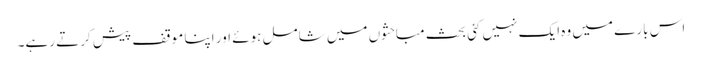
اس بارے میں وہ ایک نہیں کئی بحث مباحثوں میں شامل ہوئے اور اپنا موقف پیش کرتے رہے۔